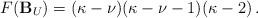
LaTeX: \begin{align*} F(\mathbf{B}_U) =(\kappa-\nu)(\kappa-\nu-1)(\kappa-2)\,.\end{align*}